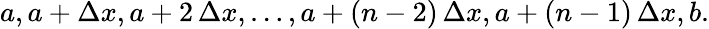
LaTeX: a,a+\Delta x,a+2\, \Delta x,\ldots,a+(n-2)\, \Delta x,a+(n-1)\, \Delta x,b.